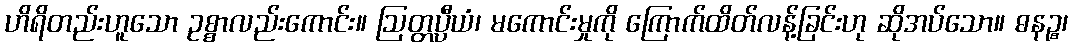
ဟိရိတည်းဟူသော ဥစ္စာလည်းကောင်း။ ဩတ္တပ္ပီယံ၊ မကောင်းမှုကို ကြောက်ထိတ်လန့်ခြင်းဟု ဆိုအပ်သော။ ဓနဉ္စ၊